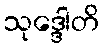
သုဒ္ဒေါတိ